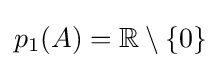
p_{1}(A)=\mathbb {R} \setminus \{0\}